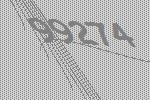
99274